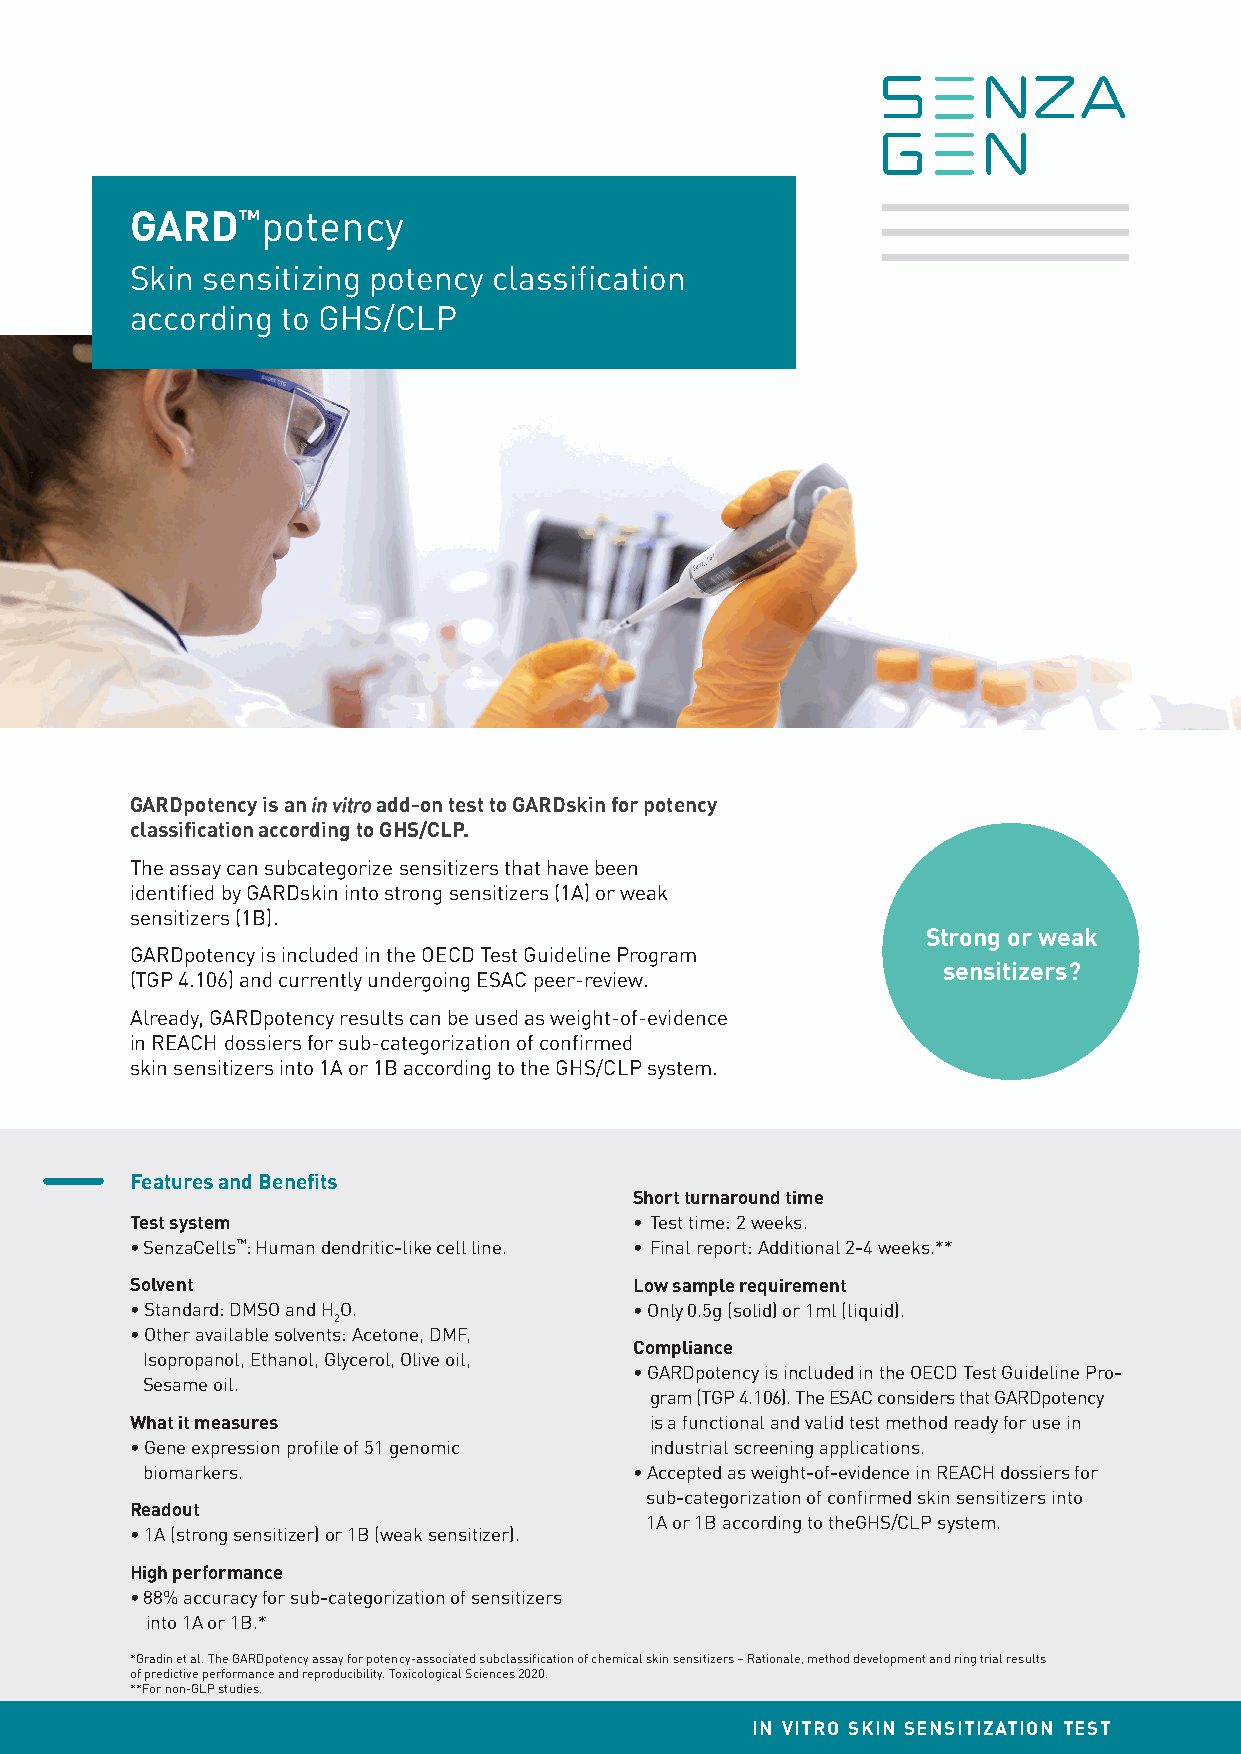
GARD™potency
 Skin sensitizing potency classification
 according to GHS/CLP
 GARDpotency is an iinn vviittrroo add-on test to GARDskin for potency
 classification according to GHS/CLP.
 The assay can subcategorize sensitizers that have been
 identified by GARDskin into strong sensitizers (1A) or weak
 sensitizers (1B).
 Strong or weak
 GARDpotency is included in the OECD Test Guideline Program
 sensitizers?
 (TGP 4.106) and currently undergoing ESAC peer-review.
 Already, GARDpotency results can be used as weight-of-evidence
 in REACH dossiers for sub-categorization of confirmed
 skin sensitizers into 1A or 1B according to the GHS/CLP system.
 Features and Benefits
 Short turnaround time
 Test system                      • Test time: 2 weeks.
 • SenzaCells™: Human dendritic-like cell line. • Final report: Additional 2-4 weeks.**
 Solvent                          Low sample requirement
 • Standard: DMSO and HO.         • Only 0.5g (solid) or 1ml (liquid).
 2
 • Other available solvents: Acetone, DMF,
 Compliance
 Isopropanol, Ethanol, Glycerol, Olive oil,
 • GARDpotency is included in the OECD Test Guideline Pro-
 Sesame oil.
 gram (TGP 4.106). The ESAC considers that GARDpotency
 What it measures                  is a functional and valid test method ready for use in
 • Gene expression profile of 51 genomic industrial screening applications.
 biomarkers.                      • Accepted as weight-of-evidence in REACH dossiers for
 sub-categorization of confirmed skin sensitizers into
 Readout
 1A or 1B according to theGHS/CLP system.
 • 1A (strong sensitizer) or 1B (weak sensitizer).
 High performance
 • 88% accuracy for sub-categorization of sensitizers
 into 1A or 1B.*
 *Gradin et al. The GARDpotency assay for potency-associated subclassification of chemical skin sensitizers – Rationale, method development and ring trial results
 of predictive performance and reproducibility. Toxicological Sciences 2020.
 **For non-GLP studies.
 in vitro skin sensitization test